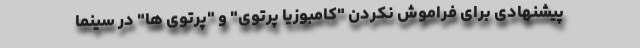
پیشنهادی برای فراموش نکردن "کامبوزیا پرتوی" و "پرتوی ها" در سینما